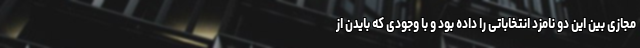
مجازی بین این دو نامزد انتخاباتی را داده بود و با وجودی که بایدن از